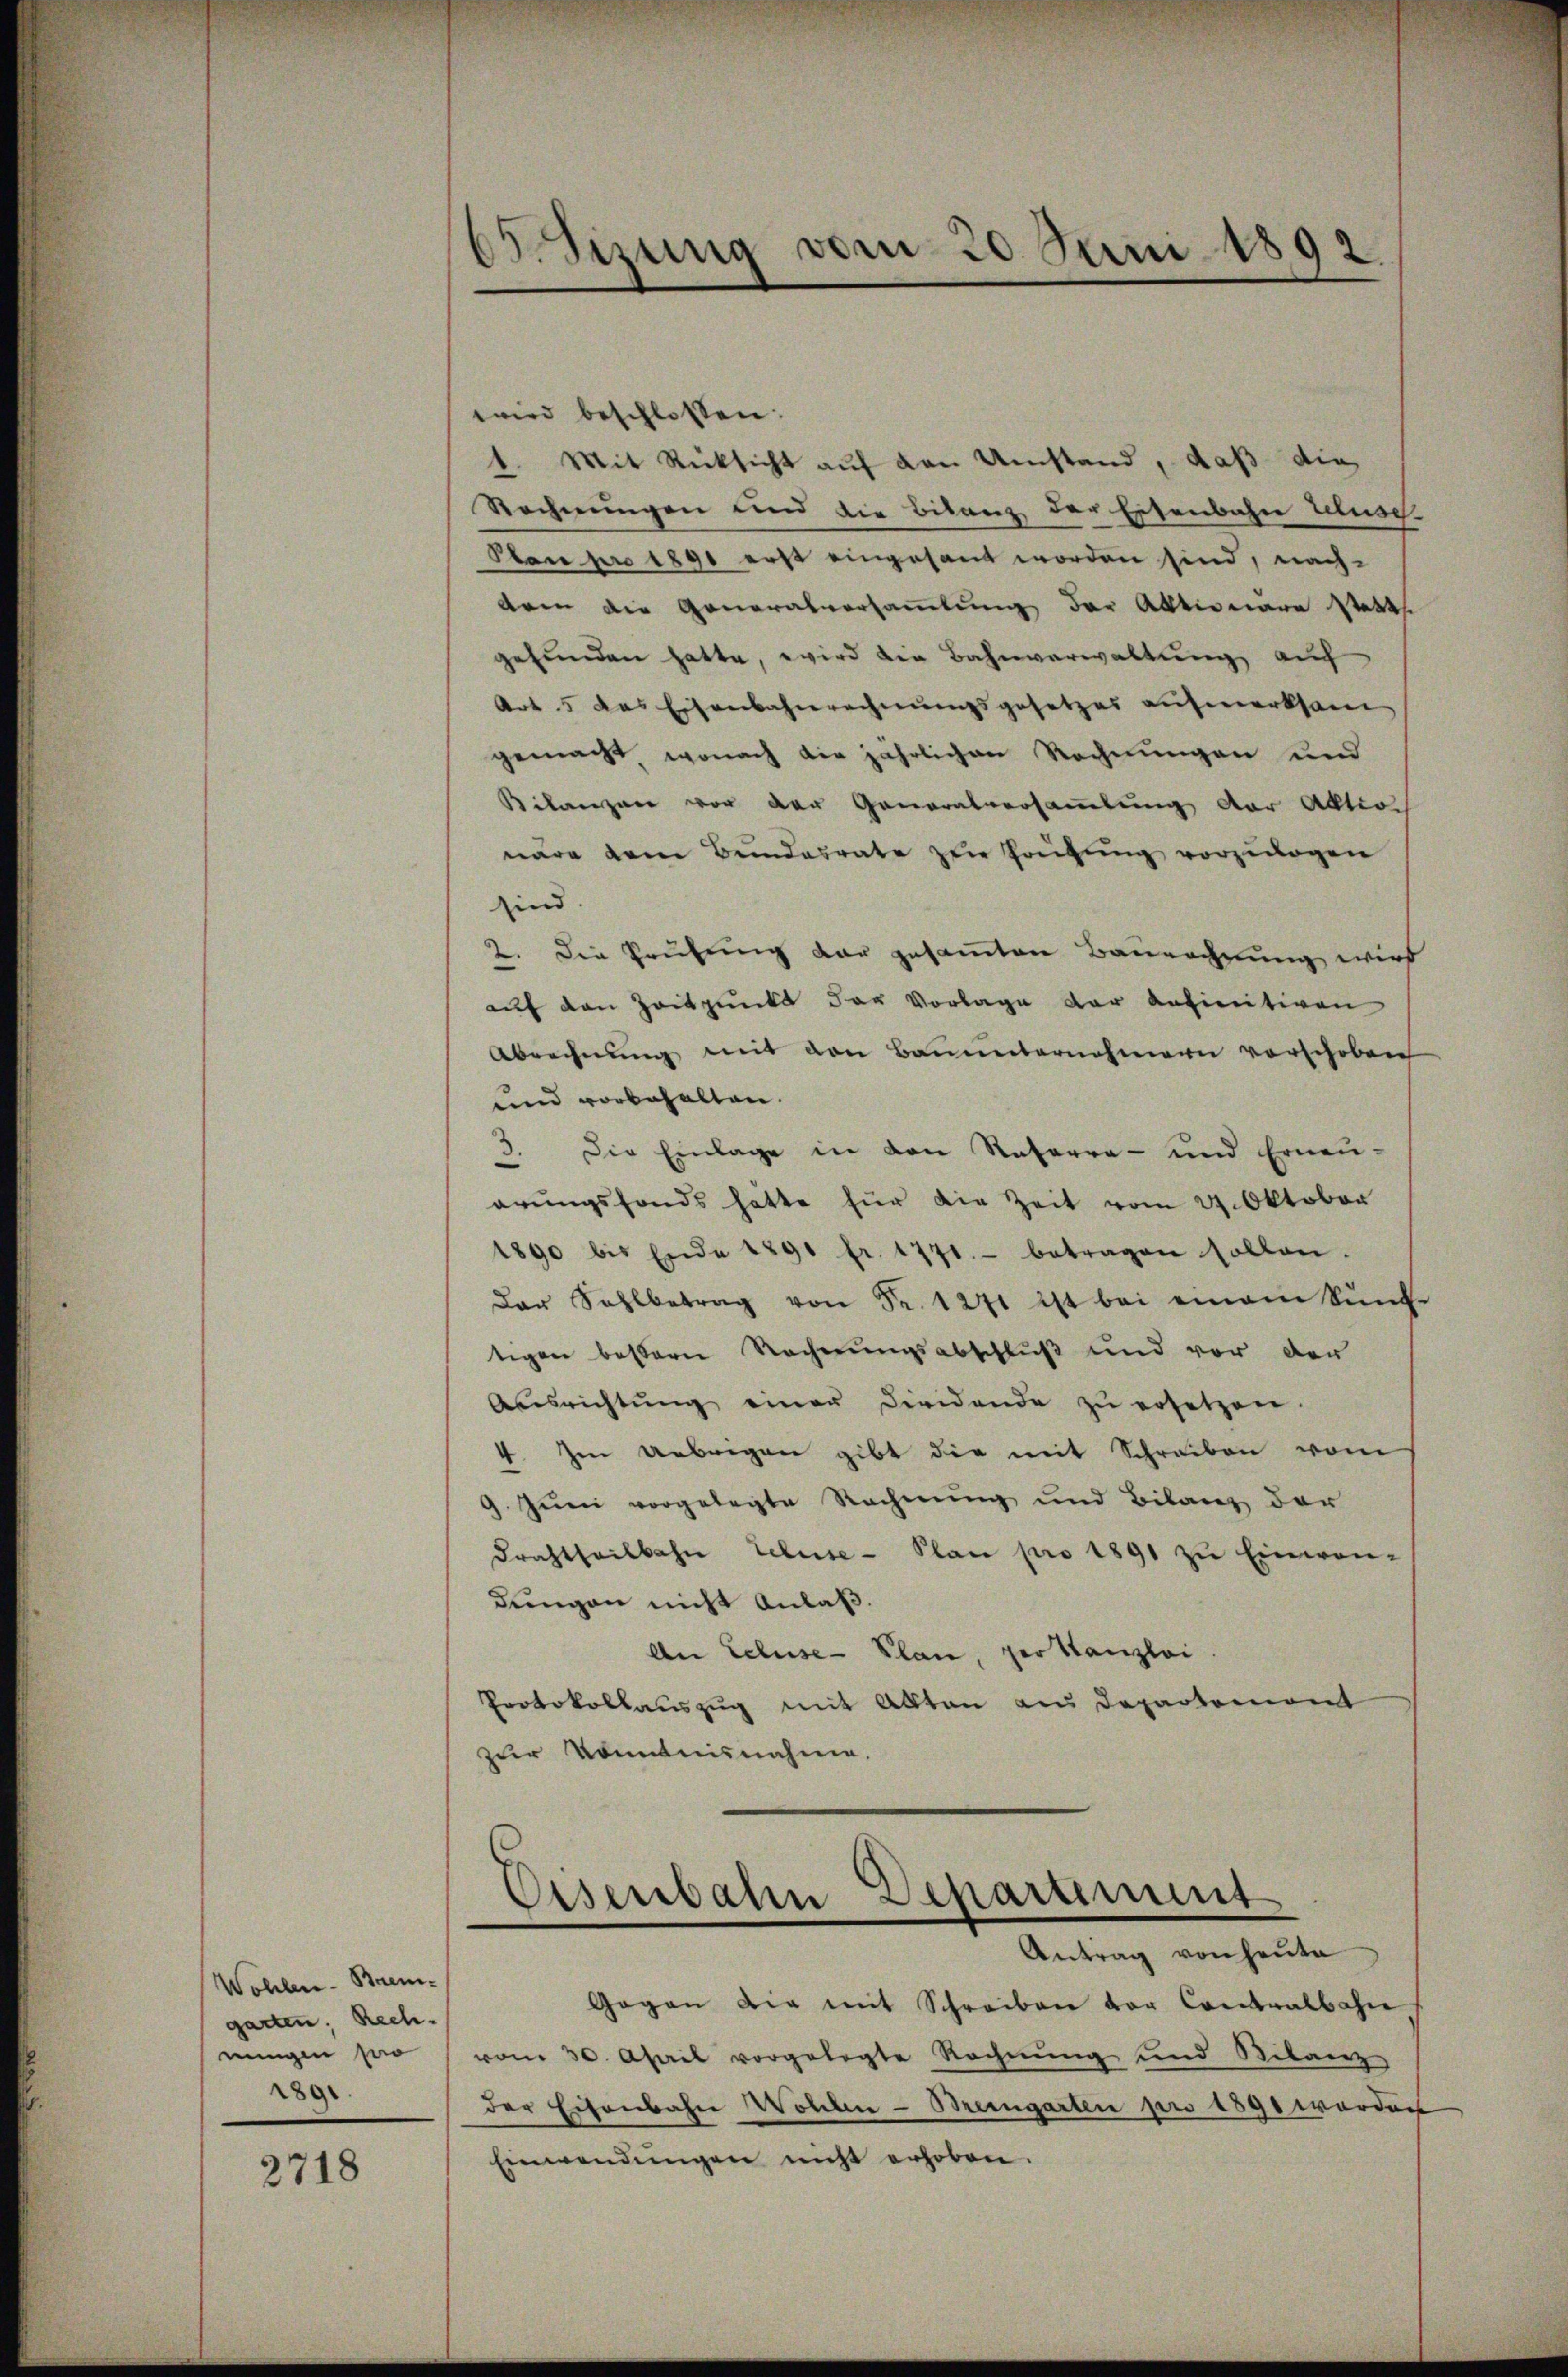
Wohlen-Brem-
garten, Rech-
eingen pro
1891.

2718

65. Sizung vom 20. Juni 1892.

wird beschlossen:
1. Mit Rücksicht auf den Umstand, daß die
Rechnungen und die Bilanz der Eisenbahn Iluse
Plan pro 1890 erst eingesant worden sind, nachdren die Generalversammlung der Aktionare statth
gefunden hatte, wird die Bahnverwaltung auf
Art. 5 das Eisenbahnrechnungsgesetzes aufmerksam
gemacht, wonach die jährlichen Rechnungen und
Bilanzen vor der Generalversammlung der Aktio
näre dem Bundesrate zur Prüfung vorzulagen
sind.
2. Die Prüfung dar gesamten Baurechnung wird
auf den Zeitpunkt der Vorlage der anfinitiven
Abrechnung mit den Bauunternehmern vorschoben
und vorbehalten.
3. Die Einlage in den Ratarra- und Erneŭ-
arŭngsfonds hatte für die Zeit vom 27. Oktober
1890 bis Ende 1891 fr. 1771.- betragen sollen.
Der Sahlbetrag von Fr. 1271 ist bei einem künf-
tigen bessern Rechnungsabschluß und vor der
Ausrichtŭng einer Dividende zŭ ersetzen.
4. Im Uebrigen gibt die mit Schreiben vom
9. Juni vorgelegte Rechnung und Bilanz der
drachtheilbahn Eeluse-Plan pro 1891 zu Einwan-
dŭngen nicht Anlaß.
An Eeluse-Plan, per Kanzlei
Protokollauszug mit Akten aus Departemont
zur Kenntnisnahme.
Gegen die mit Schreiben vor Contralbahn
vom 30. April vorgelegte Rechnŭng und Bilanz
der Eisenbahn Wohlen-Bremgarten pr 1890 worden
Einwendŭngen nicht erhoben.

Departiment
Eisenbahr
Antrag von heute